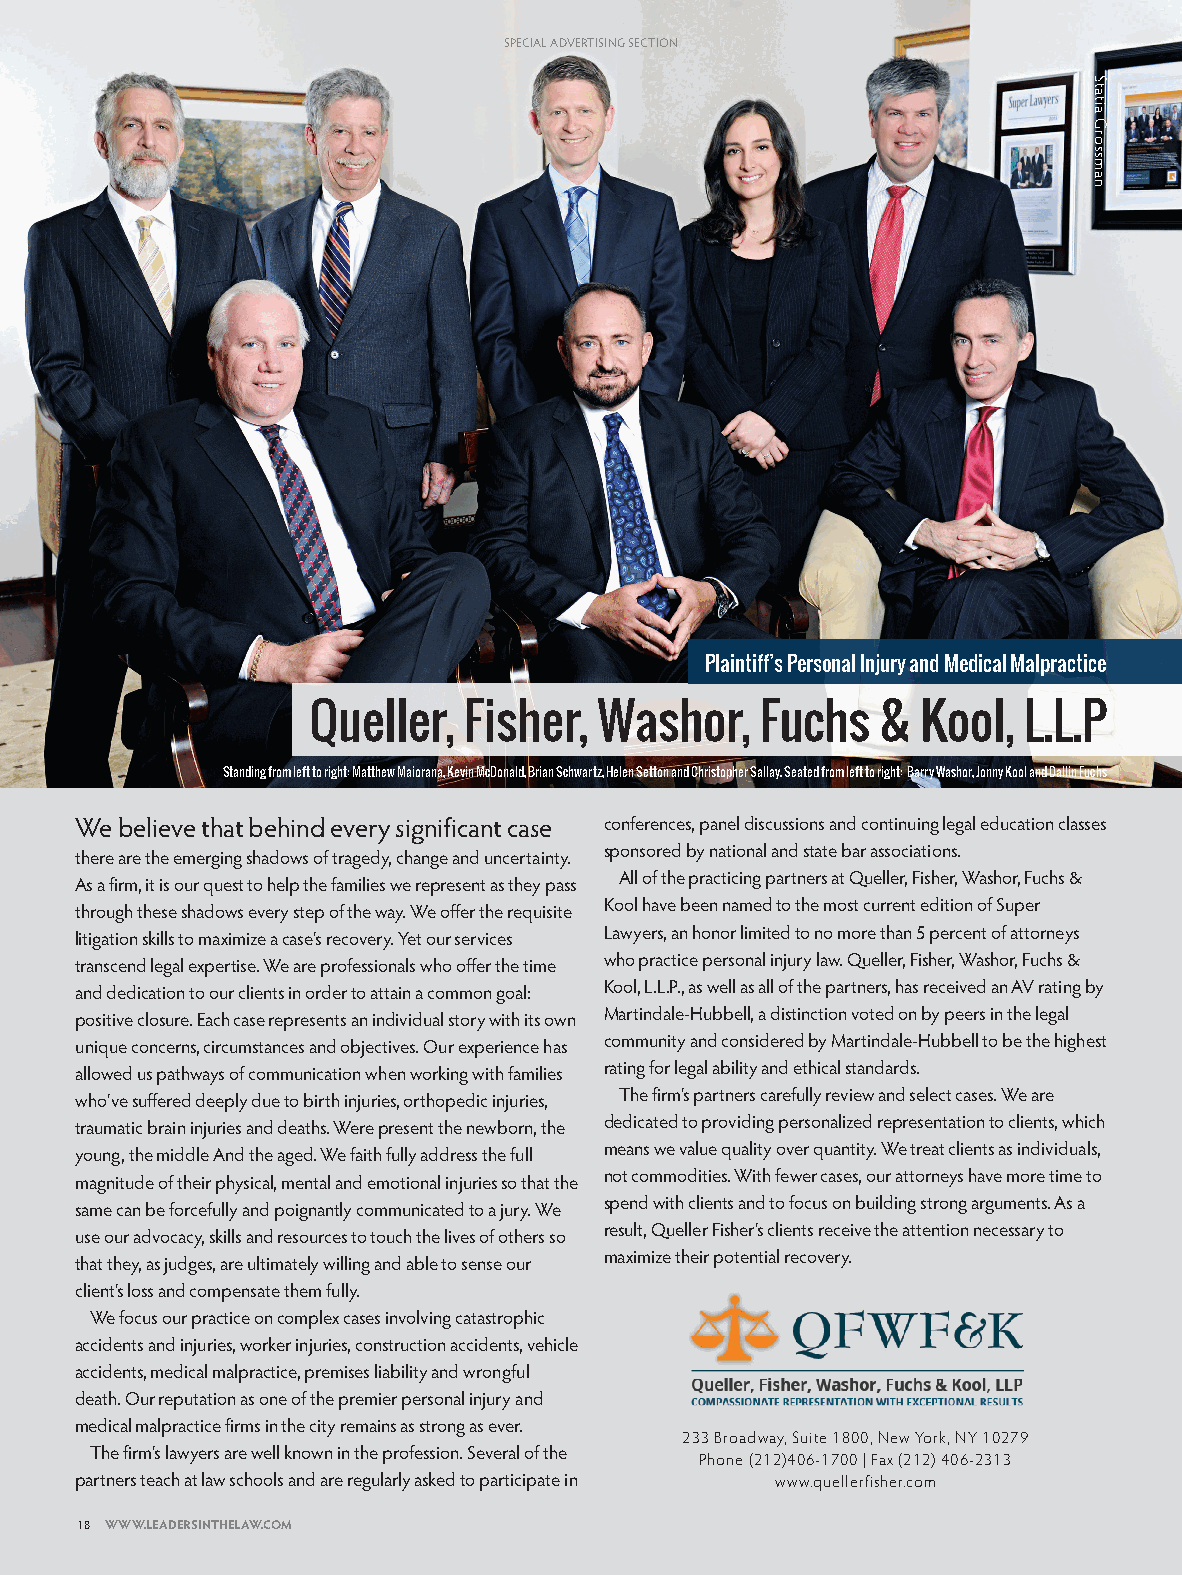
SPECSIPAELC AIADLV AEDRTVIESRINTGIS ISNEGC TSEIOCNTION
 Plaintiff’s Personal Injury and Medical Malpractice
 Queller,   Fisher,  Washor,   Fuchs   &  Kool,  L.L.P
 Standing from left to right: Matthew Maiorana, Kevin McDonald, Brian Schwartz, Helen Setton and Christopher Sallay. Seated from left to right: Barry Washor, Jonny Kool and Dallin Fuchs
 We believe that behind every significant case conferences, panel discussions and continuing legal education classes
 sponsored by national and state bar associations.
 there are the emerging shadows of tragedy, change and uncertainty.
 All of the practicing partners at Queller, Fisher, Washor, Fuchs &
 As a firm, it is our quest to help the families we represent as they pass
 Kool have been named to the most current edition of Super
 through these shadows every step of the way. We offer the requisite
 Lawyers, an honor limited to no more than 5 percent of attorneys
 litigation skills to maximize a case’s recovery. Yet our services
 who practice personal injury law. Queller, Fisher, Washor, Fuchs &
 transcend legal expertise. We are professionals who offer the time
 Kool, L.L.P., as well as all of the partners, has received an AV rating by
 and dedication to our clients in order to attain a common goal:
 Martindale-Hubbell, a distinction voted on by peers in the legal
 positive closure. Each case represents an individual story with its own
 community and considered by Martindale-Hubbell to be the highest
 unique concerns, circumstances and objectives. Our experience has
 rating for legal ability and ethical standards.
 allowed us pathways of communication when working with families
 The firm’s partners carefully review and select cases. We are
 who’ve suffered deeply due to birth injuries, orthopedic injuries,
 dedicated to providing personalized representation to clients, which
 traumatic brain injuries and deaths. Were present the newborn, the
 means we value quality over quantity. We treat clients as individuals,
 young, the middle And the aged. We faith fully address the full
 not commodities. With fewer cases, our attorneys have more time to
 magnitude of their physical, mental and emotional injuries so that the
 spend with clients and to focus on building strong arguments. As a
 same can be forcefully and poignantly communicated to a jury. We
 result, Queller Fisher’s clients receive the attention necessary to
 use our advocacy, skills and resources to touch the lives of others so
 maximize their potential recovery.
 that they, as judges, are ultimately willing and able to sense our
 client’s loss and compensate them fully.
 We focus our practice on complex cases involving catastrophic
 accidents and injuries, worker injuries, construction accidents, vehicle
 accidents, medical malpractice, premises liability and wrongful
 death. Our reputation as one of the premier personal injury and
 medical malpractice firms in the city remains as strong as ever.
 233 Broadway, Suite 1800, New York, NY 10279
 The firm’s lawyers are well known in the profession. Several of the Phone (212)406-1700 | Fax (212) 406-2313
 partners teach at law schools and are regularly asked to participate in www.quellerfisher.com
 18 WWW.LEADERSINTHELAW.COM
 LAWYERS_2016 [Print].indd 18                                          6/22/16 3:23 PM
 Statia
 Grossman